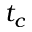
t _ { c }